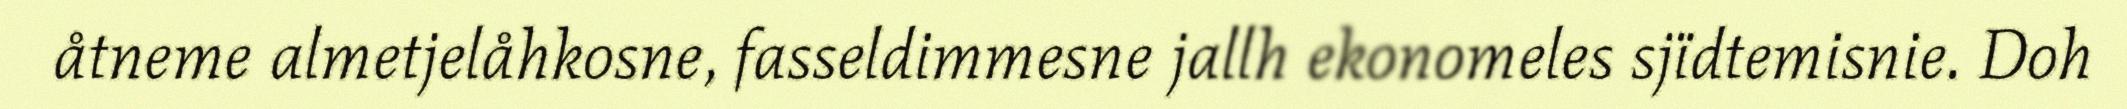
åtneme almetjelåhkosne, fasseldimmesne jallh ekonomeles sjïdtemisnie. Doh